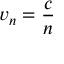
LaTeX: v _ { n } = { \frac { c } { n } }